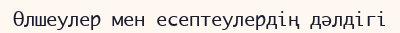
Өлшеулер мен есептеулердің дәлдігі